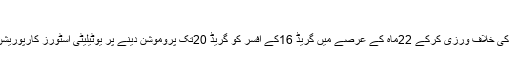
عبدالرشید کا ...
اسلام آباد: ایف آئی اے نے سروس رولز کی خلاف ورزی کرکے 22ماہ کے عرصے میں گریڈ 16کے افسر کو گریڈ 20تک پروموشن دینے پر یوٹیلیٹی اسٹورز کارپوریشن کے خلاف تحقیقات شروع کر دی ہیں۔